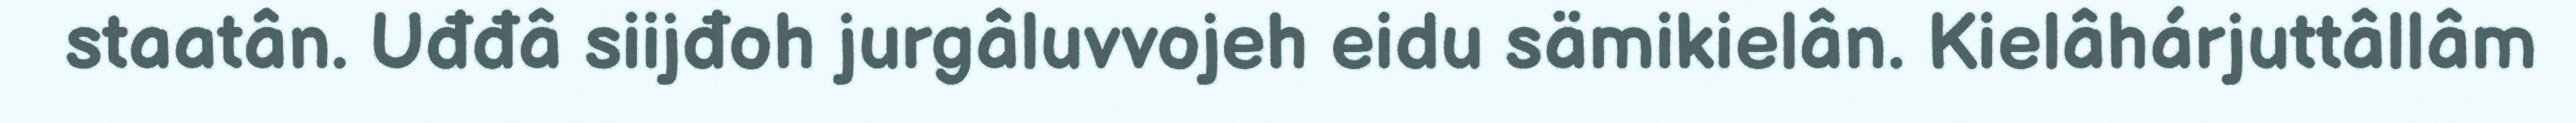
staatân. Uđđâ siijđoh jurgâluvvojeh eidu sämikielân. Kielâhárjuttâllâm